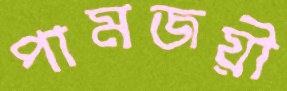
পামজয়ী